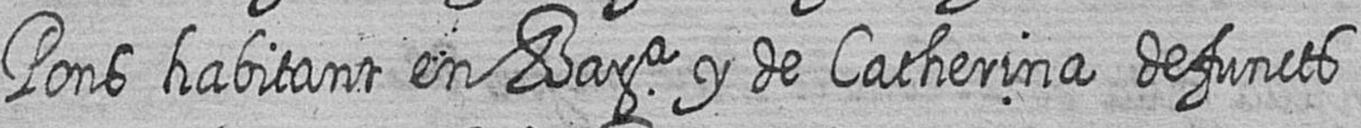
Pons habitant en Bara y de Catherina defuncts